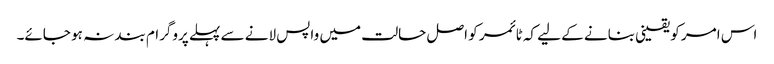
اس امر کو یقینی بنانے کے لیے کہ ٹائمر کو اصل حالت میں واپس لانے سے پہلے پروگرام بند نہ ہو جائے۔